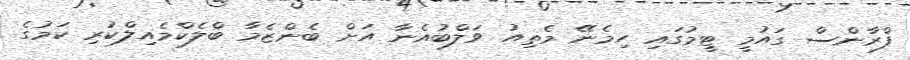
ފްރާންސް ގައުމީ ޓީމުގައި ހިމެނޭ މެތިއު ވަލްބުއެނާ އަށް ބެންޒެމާ ބްލެކްމެއިލްކުރި ކަމުގެ